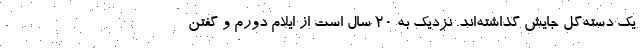
یک دسته‌گل جایش گذاشته‌اند. نزدیک به 20 سال است از ایلام دورم و گفتن